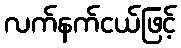
လက်နက်ငယ်ဖြင့်